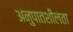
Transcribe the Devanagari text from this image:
अनुपातशीलता